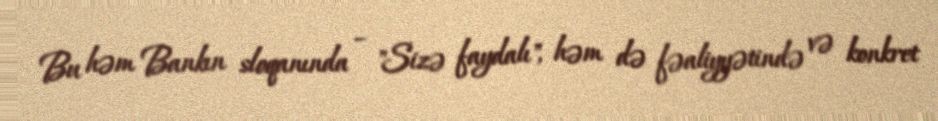
Bu həm Bankın sloqanında – "Sizə faydalı", həm də fəaliyyətində və konkret